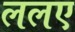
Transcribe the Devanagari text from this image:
ललए